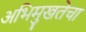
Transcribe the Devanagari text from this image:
अभिमुखतेचा